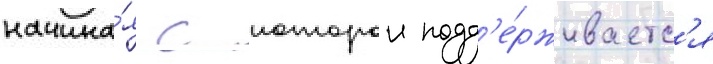
начина́я с которои подд'е́рживаетс'я